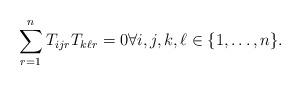
LaTeX: \begin{align*}\sum_{r=1}^n{T_{ijr}T_{k\ell r}} = 0 \forall i,j,k, \ell \in \{1,\ldots,n\}.\end{align*}